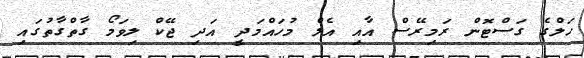
ހަލްގެ ގަސްޓޮން ރަމިރޭސް އާއި އެލް މުހައްމަދީ އަދި ޖޭކް ލިވަމޯ ގާތްގާތުގައި